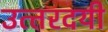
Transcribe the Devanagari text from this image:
उत्‍तरदयी